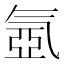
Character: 氬